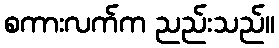
စကားလက်က ညည်းသည်။